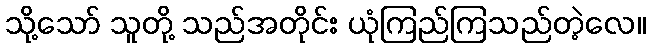
သို့သော် သူတို့ သည်အတိုင်း ယုံကြည်ကြသည်တဲ့လေ။